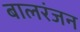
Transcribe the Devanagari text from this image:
बालरंजन